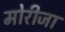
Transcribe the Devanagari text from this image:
मोरीजा